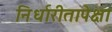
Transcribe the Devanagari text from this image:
निर्धारीतापेक्षा